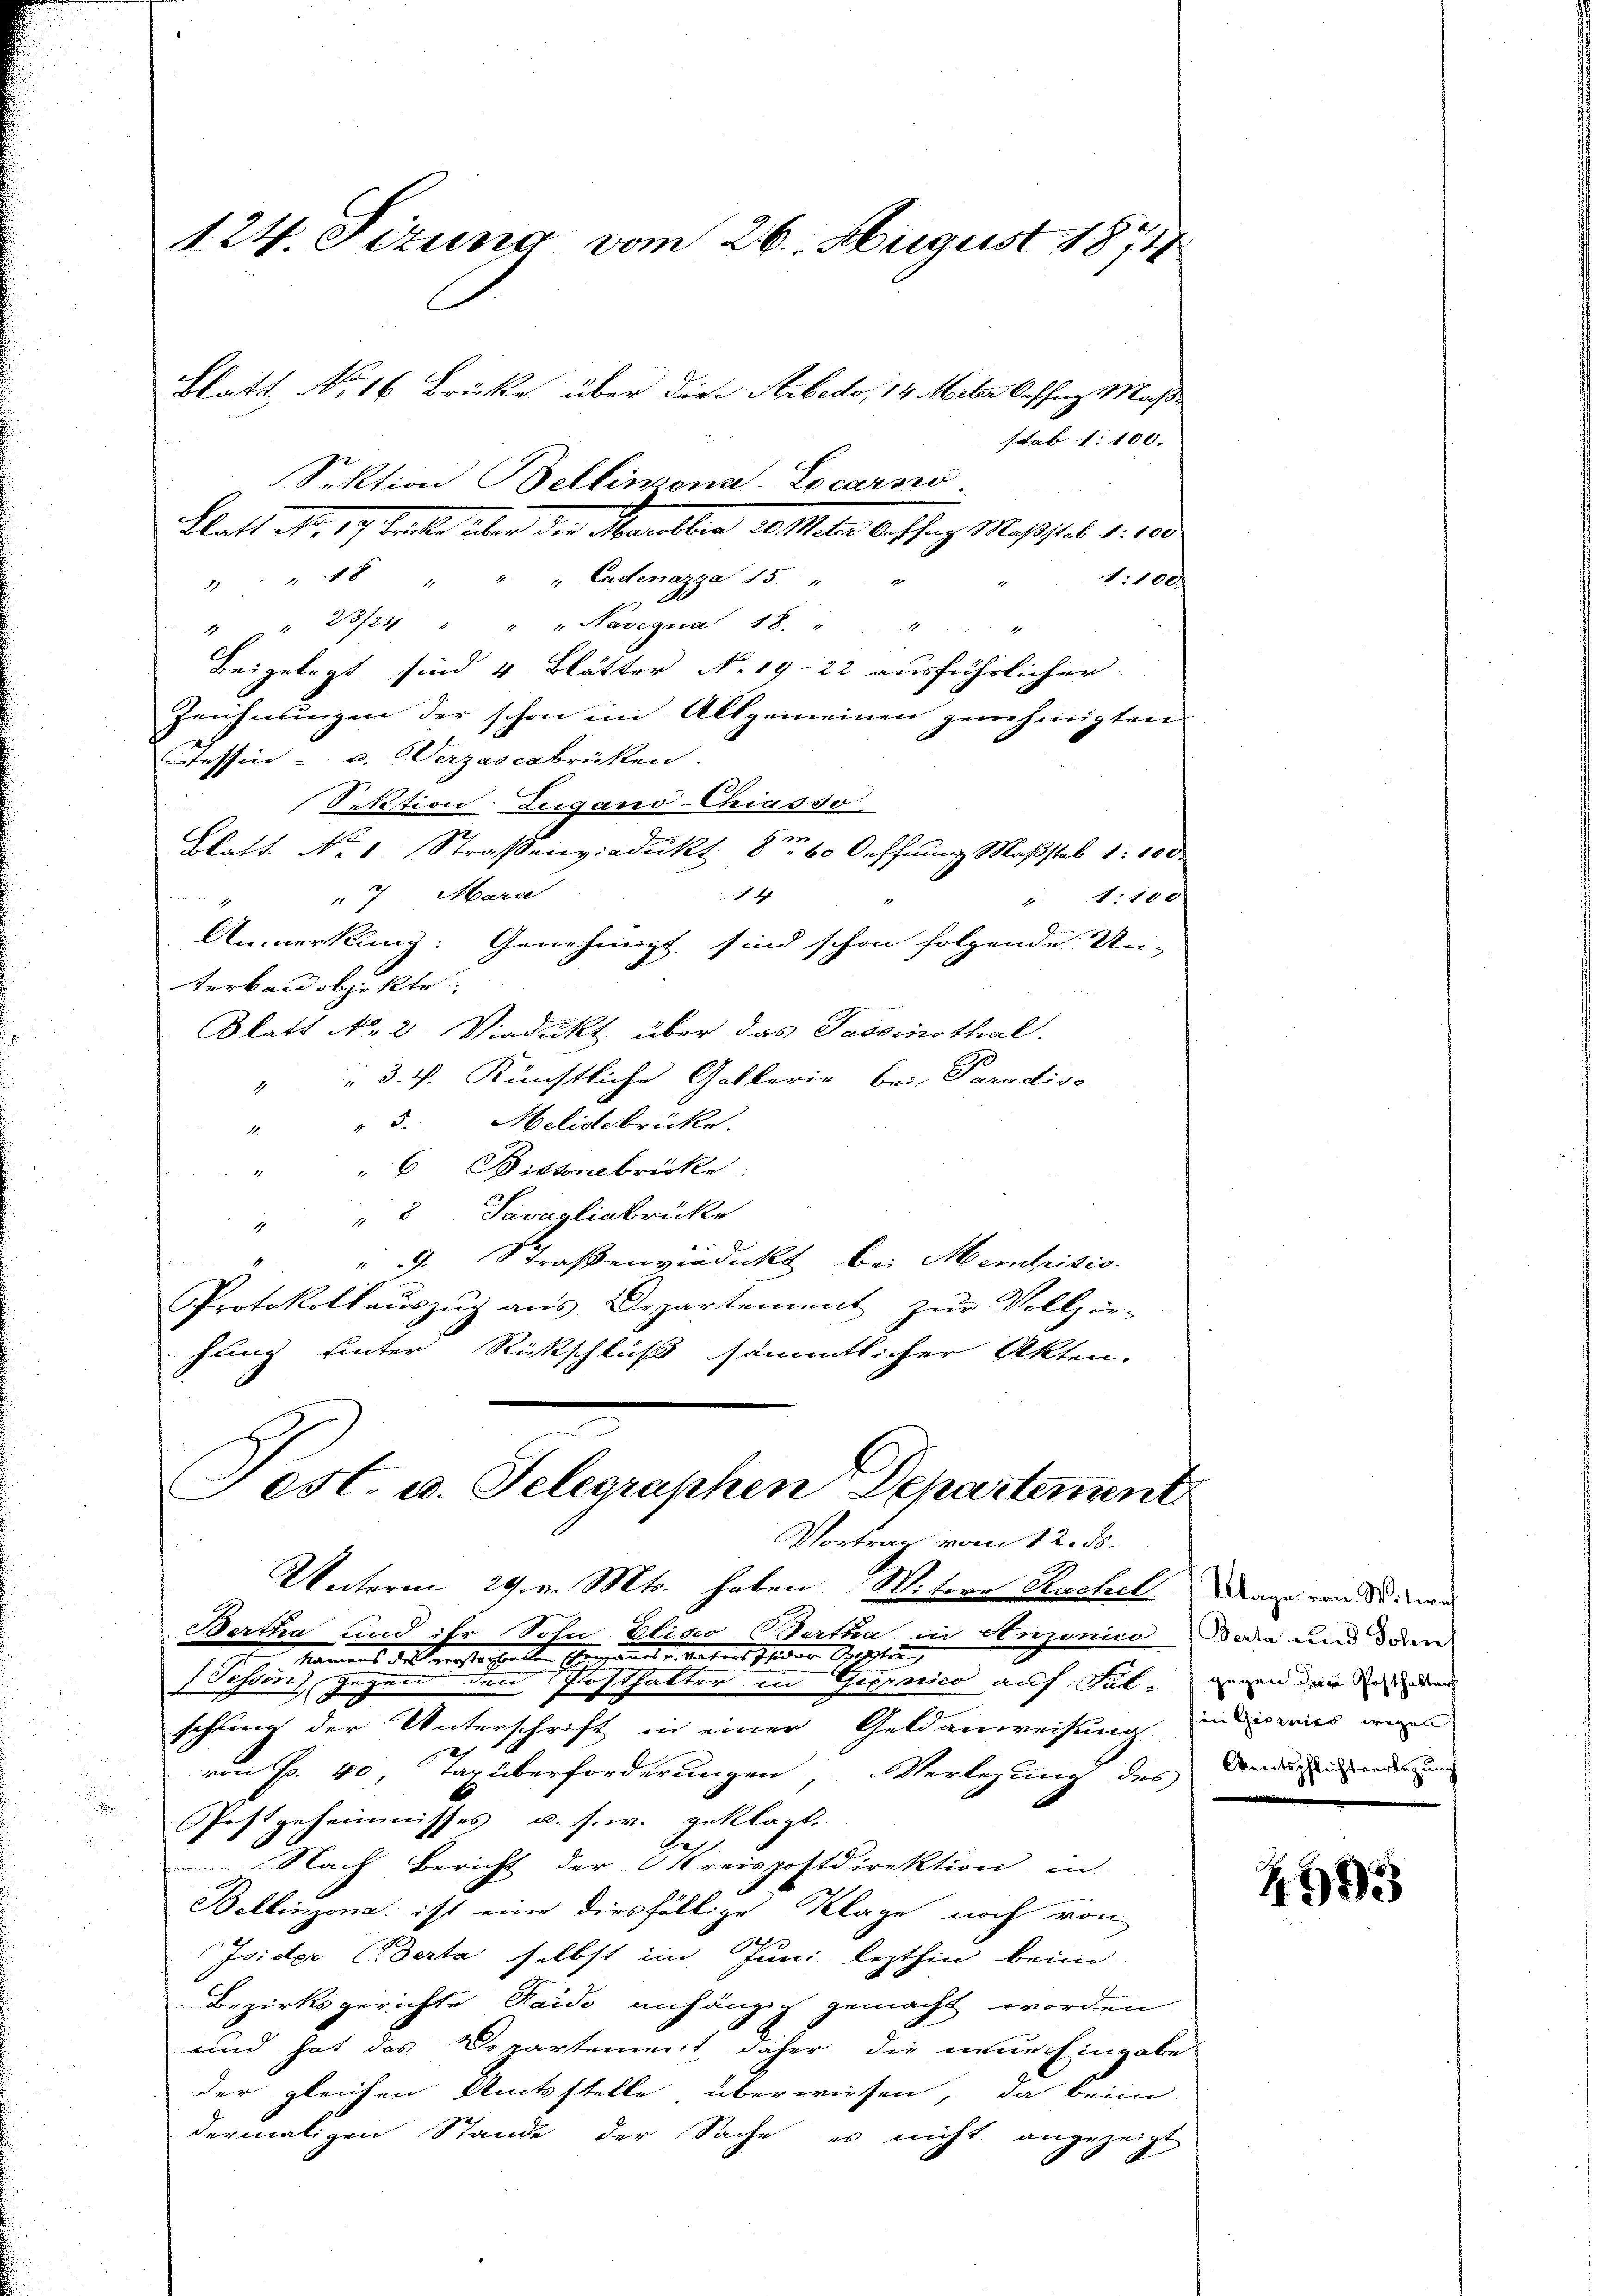
1:100.
" 18 " " Cadenazza 15. "
" " 23/24 " " " Navezna 18. " " "
Beigelegt sind 4 Blätter No 19-22 ausführlicher.
Zeichnungen der schon im Allgemeinen genehmigten
Tessin - u. Verzadcabrücken.
Sektion. Lugano-Chiasso
Blatt No 1. Straßenviadukt 8t 60 Oeffnung Maßstab 1:100.
4
" 7 Marc
N. 180
1

Anmerkung: Genehmigt sind schon folgende Un-
terban objekte.
Blatt No. 2. Viadukt über das Tassinsthal.
" " 3. P. Künstliche Gotterie bei Paradiso
" 5. Melidbrücke.
2
6 Bissenbrücke
1
" " 8 Savagliabrücke
 . Straßenviedikt bei Menschidio.
Protokollaŭszŭg ans Departement zŭr Vollzie-
hung hinter Rückschluß sämmtlicher Akten.

124. Sizung vom 26. August 1874
Blatt No 16 Brücke über die Arbedo, 14 Mebr Oeffang Mass-
stab 1:100.

Sektion Bellinzona. Locarno
Blatt No. 19. teil über der Maulber des Mater Auffang Maßstab 1. 100

Fest. u. Telegraphen Departement
Vortrag vom 12. ds.

Unterm 29. v. Mts. haben. Witere Kuchel Mann von deinen
Bertha und ihr Sohn Elias Wertha in Anzonico Dode und deren
Namens des versterhielten Einspannt u. vertreit sich der Osten
Tessin gegen den Posthalter in Gerico auf Satinen der in der
schung der Unterschrift in einer Geldanweisung in wir wie
von Fr. 40, Taxüberforderungen, Verlegung des
Postgeheimnisses u. s. w. geklagt.
 Nach Bericht der Kreispostdirektion in
Bellinzona ist eine diesfällige Klage noch von
Isider (Derta selbst im Juni lezthin beim
Bezirksgerichte Saido anhängig gemacht worden
und hat das Departement daher die neue Eingabe
der gleichen Amtsstelle überwiesen, da beim
dermaligen Stande der Sache es nicht angezeigt,

Amtspflichtverlegung

4503